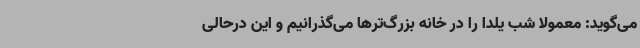
می‌گوید: معمولا شب یلدا را در خانه بزرگ‌ترها می‌گذرانیم و این درحالی